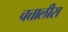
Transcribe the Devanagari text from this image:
चत्तालीस